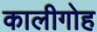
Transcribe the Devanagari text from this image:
कालीगोह